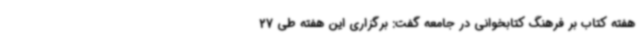
هفته کتاب بر فرهنگ کتابخوانی در جامعه گفت: برگزاری این هفته طی 27